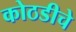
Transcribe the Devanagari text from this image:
कोठडीचे